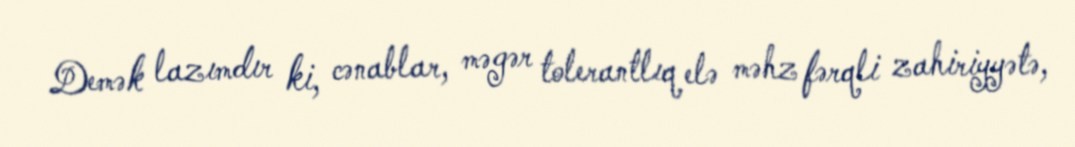
Demək lazımdır ki, cənablar, məgər tolerantlıq elə məhz fərqli zahiriyyətə,